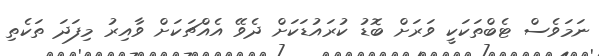
ނަމަވެސް ޓެބްތަކަކީ ވަރަށް ބޮޑު ކުރައުޑަކަށް ދެވޭ އެއްޗަކަށް ވާއިރު މިފަދަ ތަކެތި